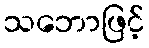
သဘောဖြင့်